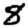
Digit: 8